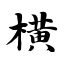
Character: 横